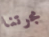
مجرتنا